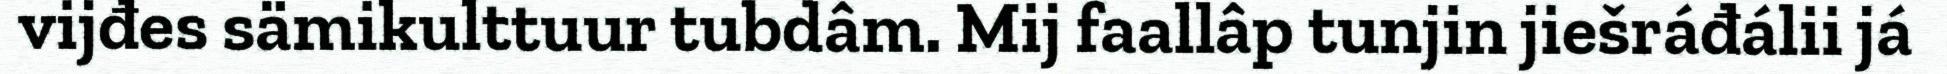
vijđes sämikulttuur tubdâm. Mij faallâp tunjin jiešráđálii já